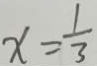
x = \frac { 1 } { 3 }